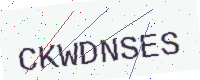
Text: CKWDNSES